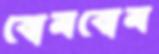
বোমবোম